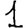
Digit: 1